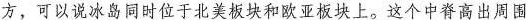
方，可以说冰岛同时位于北美板块和欧亚板块上。这个中脊高出周围